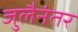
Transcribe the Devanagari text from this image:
जुलैनंतर